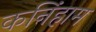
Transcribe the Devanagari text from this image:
कनिंहाम